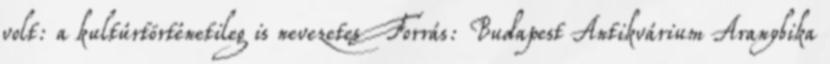
volt: a kultúrtörténetileg is nevezetes Forrás: Budapest Antikvárium Aranybika